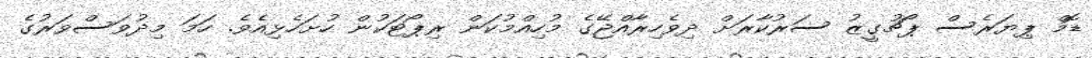
ޑޮމް ޕިޔަރެސް ޕޯޗުގީޒު ސަރުކާރަށް ދިވެހިރާއްޖޭގެ މުހިއްމުކަން ރިޕޯޓަކުން ހުށަހެޅިއެވެ. ހަމަ މިދުވަސްވަރުގެ